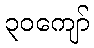
၃၀ကျော်